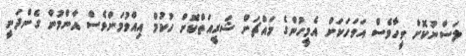
ލަސްނުކޮށް ވީހާވެސް އަވަހަކަށް އެމީހުންގެ މައްޗަށް ޝަރީއަތްކޮށް ހުކުމް އިއްވުމަށްވެސް އާންމުން ގެންދަނީ